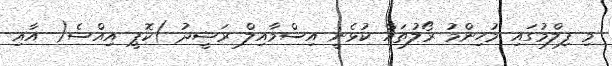
މި ފިލްމުގައި މުހިންމު ރޯލުތައް ކުޅެނީ އިސްމާއިލް ރަޝީދު )ކޮޕީ އިއްސެ( އާއި